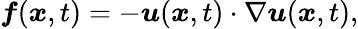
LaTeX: \boldsymbol{f}(\boldsymbol{x},t)=-\boldsymbol{u}(\boldsymbol{x},t)\cdot\nabla\boldsymbol{u}(\boldsymbol{x},t),